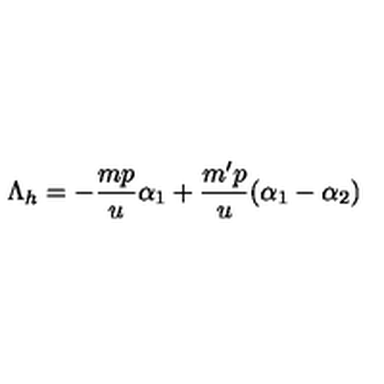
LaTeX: \Lambda _ { h } = - \frac { m p } { u } \alpha _ { 1 } + \frac { m ^ { \prime } p } { u } ( \alpha _ { 1 } - \alpha _ { 2 } )